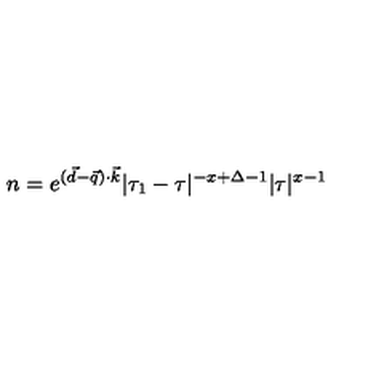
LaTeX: n = e ^ { ( \vec { d } - \vec { q } ) \cdot \vec { k } } | \tau _ { 1 } - \tau | ^ { - x + \Delta - 1 } | \tau | ^ { x - 1 }